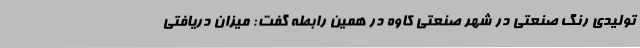
تولیدی رنگ صنعتی در شهر صنعتی کاوه در همین رابطه گفت: میزان دریافتی